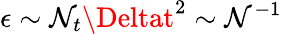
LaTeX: \epsilon\sim\mathcal{N}_{t}\Deltat^{2}\sim\mathcal{N}^{-1}